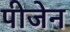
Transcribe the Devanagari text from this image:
पीजेन